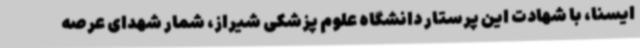
ایسنا، با شهادت این پرستار دانشگاه علوم پزشکی شیراز، شمار شهدای عرصه